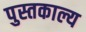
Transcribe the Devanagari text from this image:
पुस्तकाल्य